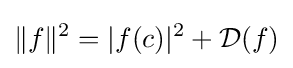
\|f\|^{2}=|f(c)|^{2}+{\mathcal {D}}(f)